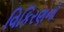
વિકિરણનો